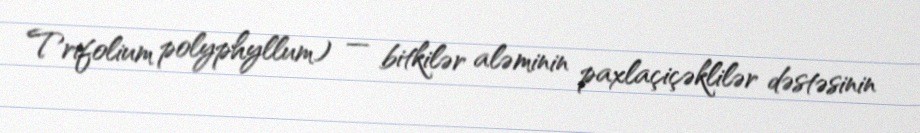
Trifolium polyphyllum) — bitkilər aləminin paxlaçiçəklilər dəstəsinin